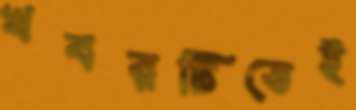
খবরটিতেই